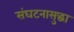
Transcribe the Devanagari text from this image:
संघटनासुद्धा